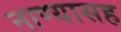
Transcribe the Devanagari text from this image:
नाण्यासह